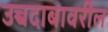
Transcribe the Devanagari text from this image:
उच्चदाबावरील